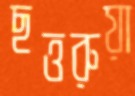
ছত্তরুয়া